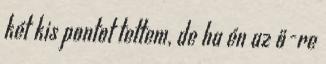
két kis pontot tettem, de ha én az ő-re